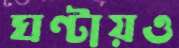
ঘণ্টায়ও